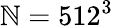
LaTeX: \mathbb{N}=512^{3}